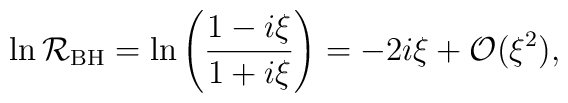
\ln {\cal R}_{\rm BH} = \ln \left(\frac{1-i\xi}{1+i\xi}\right)= - 2i\xi +  {\cal O}(\xi^2),